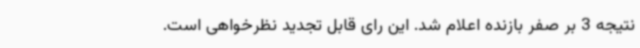
نتیجه 3 بر صفر بازنده اعلام شد. این رای قابل تجدید نظرخواهی است.